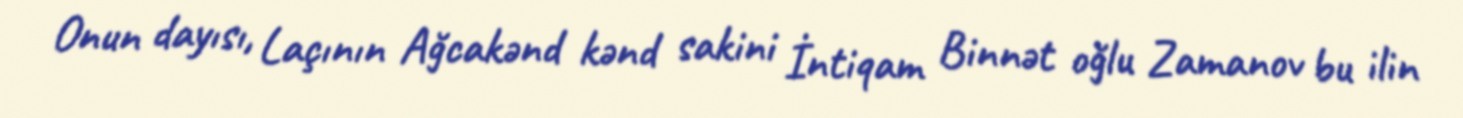
Onun dayısı, Laçının Ağcakənd kənd sakini İntiqam Binnət oğlu Zamanov bu ilin